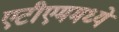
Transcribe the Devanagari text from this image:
एटीएममध्ये